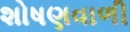
શોષણવાળી